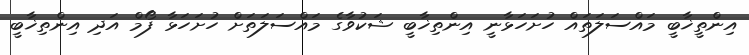
އިންތީޚާބީ މައްސަލަތައް ހުށަހަޅާނީ އިންތިޚާބީ ޝަކުވާގެ މައްސަލަތަށް ހުށަހަޅާ ފޯމް އަދި އިންތިޚާބީ